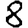
Digit: 8